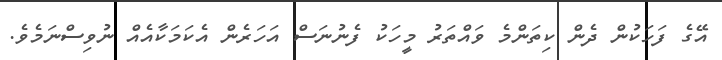
އޭގެ ފަހަކުން ދެން ކިތަންމެ ވައްތަރު މީހަކު ފެނުނަސް އަހަރެން އެކަމަކާއެއް ނުވިސްނަމެވެ.